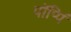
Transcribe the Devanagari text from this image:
पॉप्पिं